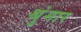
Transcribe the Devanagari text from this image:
श्रुंगार